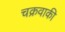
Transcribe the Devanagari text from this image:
चक्रवाकी